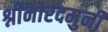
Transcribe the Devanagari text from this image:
श्नीनारदमुनी